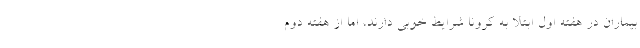
بیماران در هفته اول ابتلا به کرونا شرایط خوبی دارند، اما از هفته دوم